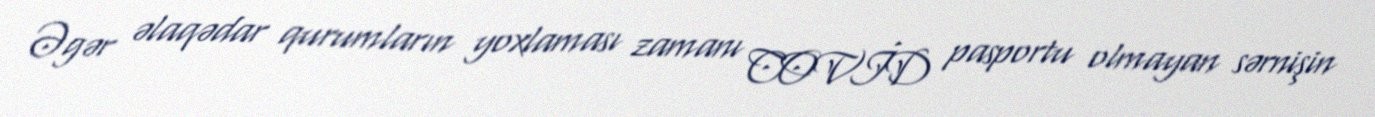
Əgər əlaqədar qurumların yoxlaması zamanı COVİD pasportu olmayan sərnişin